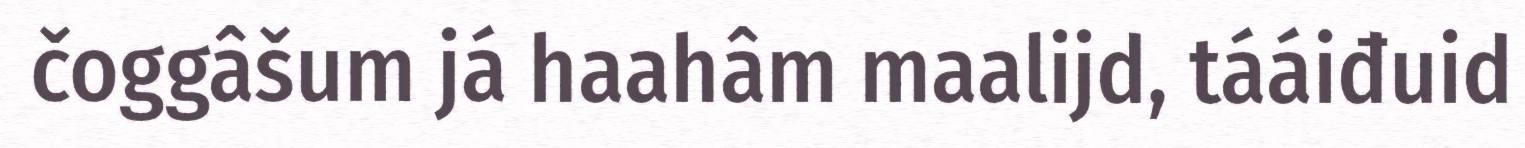
čoggâšum já haahâm maalijd, tááiđuid